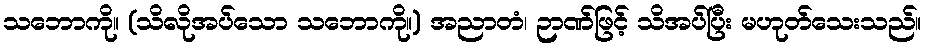
သဘောကို။ (သိလိုအပ်သော သဘောကို။) အညာတံ၊ ဉာဏ်ဖြင့် သိအပ်ပြီး မဟုတ်သေးသည်။